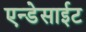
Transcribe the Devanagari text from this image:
एन्डेसाईट